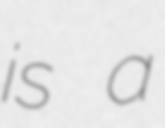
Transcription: is a